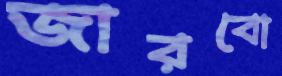
জারবো